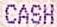
CASH